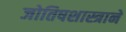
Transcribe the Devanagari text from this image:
जोतिषशास्त्राने